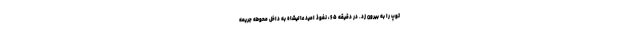
توپ را به بیرون زد. در دقیقه ۶۵، نفوذ امید عالیشاه به داخل محوطه جریمه